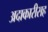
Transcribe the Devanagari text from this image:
अदाकारीसह